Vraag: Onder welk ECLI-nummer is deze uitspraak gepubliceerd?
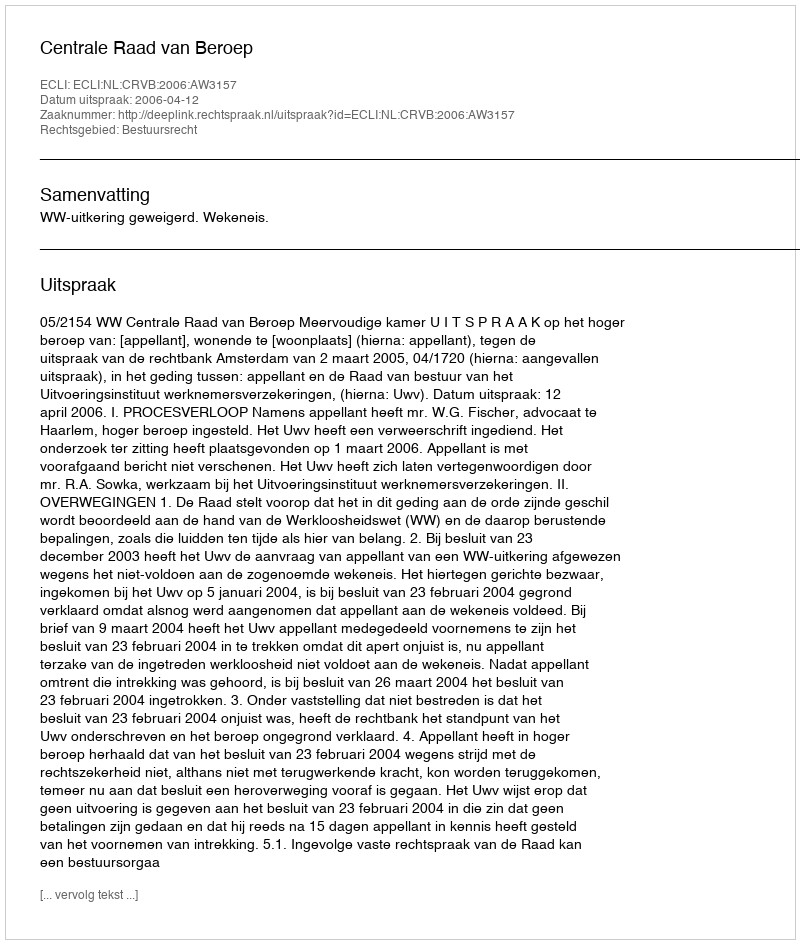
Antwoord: ECLI:NL:CRVB:2006:AW3157